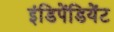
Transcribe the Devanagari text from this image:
इंडिपेंडियेंट